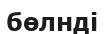
бөлнді